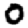
Digit: 0